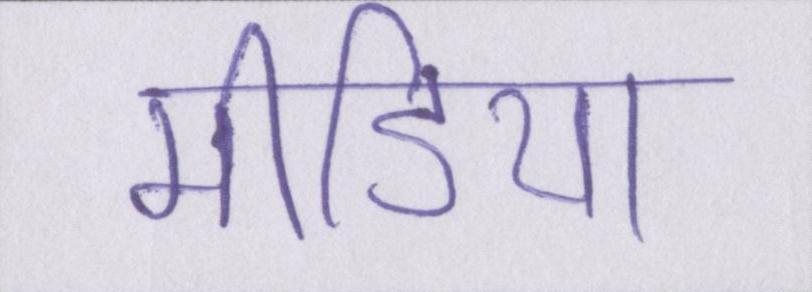
मीडिया